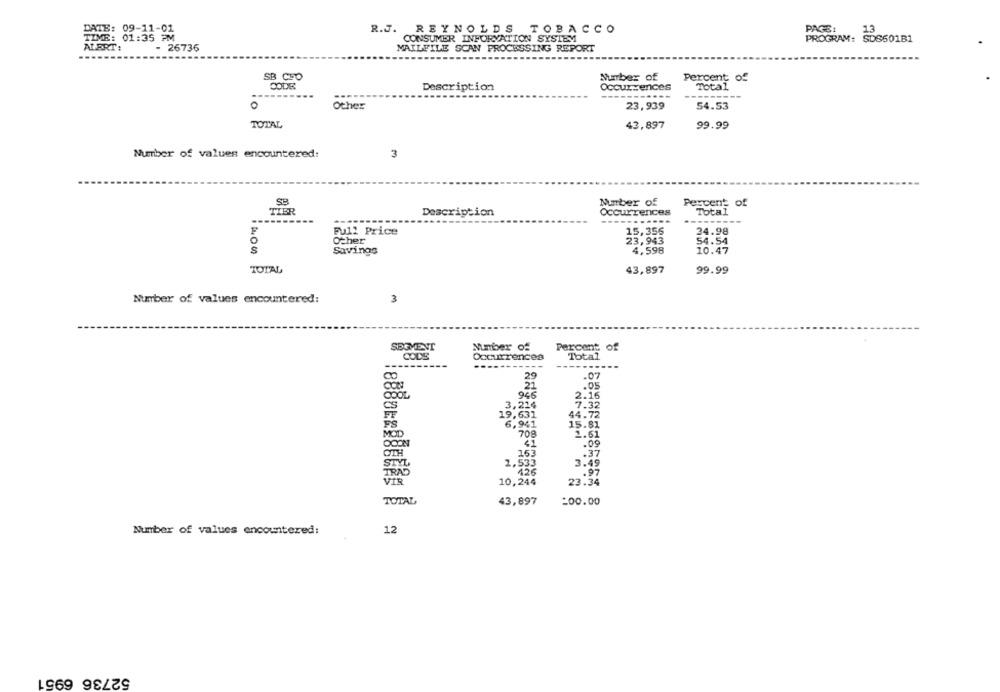
DATE: 09-11-01
R.J. REYNOLDS TOBACCO
PAGE:
13
TIME: 01:35 PM
CONSUMER INFORMATION SYSTEM
PROGRAM: SDS601B1
ALERT:
- 26736
MAILFILE SCAN PROCESSING REPORT
SB CFO
Number of
Percent of
CODE
Description
Occurrences
Total
...
Other
23,939
54.53
TOTAL
43,897
99.99
Number of values encountered:
3
Number of
Percent of
TIER
Description
Occurrences
Total
------
----
.....
------
Full Price
15,356
24.98
Other
23,943
54.54
Savings
4,598
10.47
TOTAL
43,897
99.99
Number of values encountered:
3
SEGMENT
Number of
Percent of
CODE
Occurrences
Total
----
------
29
.07
21
.05
946
2.16
CS
3,214
7.32
19,631
44.72
FS
6,941
15.81
MOD
708
2.61
41
OCON
OTH
163
.37
STYL
1,533
3.49
.97
VIR
10,244
23.34
TOTAL
43,897
:00.00
Number of values encountered:
12
52736 6951